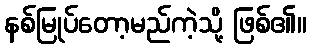
နစ်မြုပ်တော့မည်ကဲ့သို့ ဖြစ်၏။